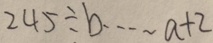
2 4 5 \div b \cdots a + 2